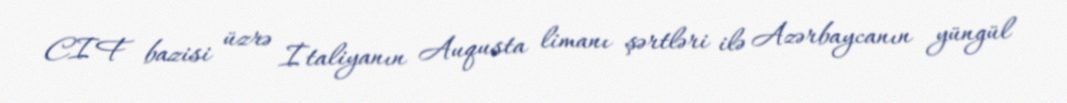
CIF bazisi üzrə İtaliyanın Auqusta limanı şərtləri ilə Azərbaycanın yüngül